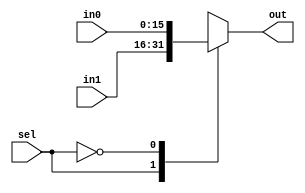
module mux_2x1_16bit(sel, out, in1, in0);

input [15:0] in1, in0;
input  sel;
output reg [15:0] out;
always @(*)
begin
case (sel)
1'b1: out = in1;
1'b0: out = in0;

endcase
end
endmodule